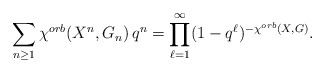
\begin{align*}\sum_{n\geq 1} \chi^{orb}(X^n,G_n)\, q^n = \prod_{\ell=1}^\infty (1-q^\ell)^{-\chi^{orb}(X,G)}.\end{align*}